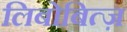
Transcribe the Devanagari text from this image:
लिबोबित्ज़